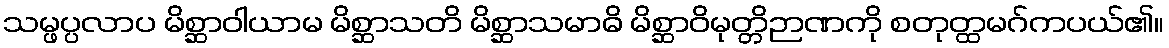
သမ္ဖပ္ပလာပ မိစ္ဆာဝါယာမ မိစ္ဆာသတိ မိစ္ဆာသမာဓိ မိစ္ဆာဝိမုတ္တိဉာဏကို စတုတ္ထမဂ်ကပယ်၏။